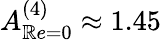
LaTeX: A_{\mathbb{R}e=0}^{(4)}\approx1.45